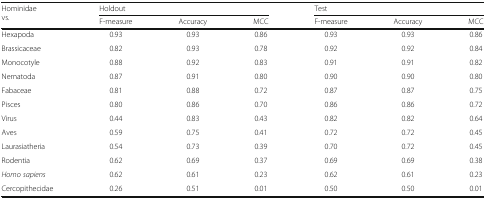
<table><thead><tr><td rowspan="2"><b>Hominidaevs.</b></td><td colspan="3"><b>Holdout</b></td><td colspan="3"><b>Test</b></td></tr><tr><td><b>F-measure</b></td><td><b>Accuracy</b></td><td><b>MCC</b></td><td><b>F-measure</b></td><td><b>Accuracy</b></td><td><b>MCC</b></td></tr></thead><tbody><tr><td>Hexapoda</td><td>0.93</td><td>0.93</td><td>0.86</td><td>0.93</td><td>0.93</td><td>0.86</td></tr><tr><td>Brassicaceae</td><td>0.82</td><td>0.93</td><td>0.78</td><td>0.92</td><td>0.92</td><td>0.84</td></tr><tr><td>Monocotyle</td><td>0.88</td><td>0.92</td><td>0.83</td><td>0.91</td><td>0.91</td><td>0.82</td></tr><tr><td>Nematoda</td><td>0.87</td><td>0.91</td><td>0.80</td><td>0.90</td><td>0.90</td><td>0.80</td></tr><tr><td>Fabaceae</td><td>0.81</td><td>0.88</td><td>0.72</td><td>0.87</td><td>0.87</td><td>0.75</td></tr><tr><td>Pisces</td><td>0.80</td><td>0.86</td><td>0.70</td><td>0.86</td><td>0.86</td><td>0.72</td></tr><tr><td>Virus</td><td>0.44</td><td>0.83</td><td>0.43</td><td>0.82</td><td>0.82</td><td>0.64</td></tr><tr><td>Aves</td><td>0.59</td><td>0.75</td><td>0.41</td><td>0.72</td><td>0.72</td><td>0.45</td></tr><tr><td>Laurasiatheria</td><td>0.54</td><td>0.73</td><td>0.39</td><td>0.70</td><td>0.72</td><td>0.45</td></tr><tr><td>Rodentia</td><td>0.62</td><td>0.69</td><td>0.37</td><td>0.69</td><td>0.69</td><td>0.38</td></tr><tr><td><i>Homo sapiens</i></td><td>0.62</td><td>0.61</td><td>0.23</td><td>0.62</td><td>0.61</td><td>0.23</td></tr><tr><td>Cercopithecidae</td><td>0.26</td><td>0.51</td><td>0.01</td><td>0.50</td><td>0.50</td><td>0.01</td></tr></tbody></table>